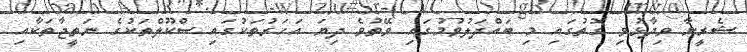
ޝެރީނާ ވިދާޅުވި ގޮތުގައި މި ބައްދަލުވުމުގައި ވޭތުވެ ދިޔަ އަހަރުތަކުގައި ސްކޫލްތަކުގެ ނަތީޖާތަކާއި